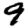
Digit: 9